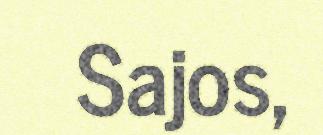
Sajos,